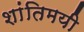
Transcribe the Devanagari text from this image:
शांतिमयी